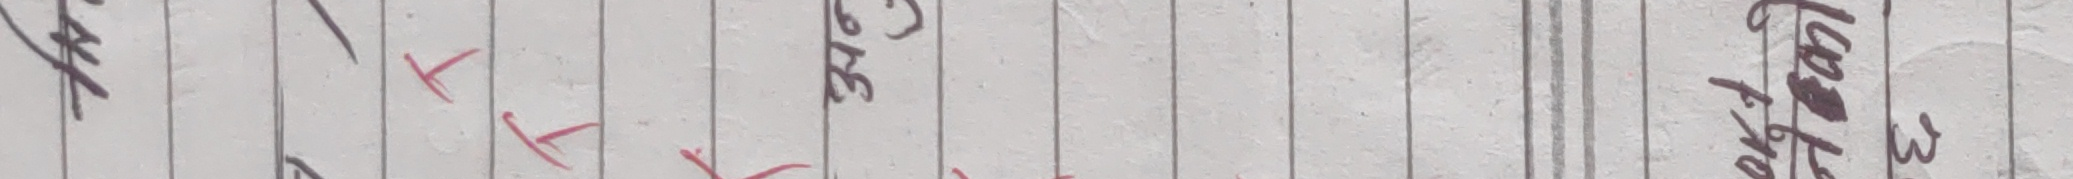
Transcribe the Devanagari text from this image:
३६ कालि १००३